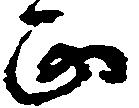
正